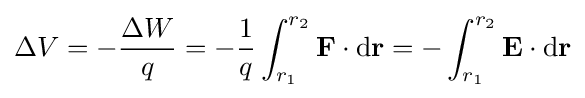
\Delta V=-{\frac {\Delta W}{q}}=-{\frac {1}{q}}\int _{r_{1}}^{r_{2}}\mathbf {F} \cdot \mathrm {d} \mathbf {r} =-\int _{r_{1}}^{r_{2}}\mathbf {E} \cdot \mathrm {d} \mathbf {r} \,\!